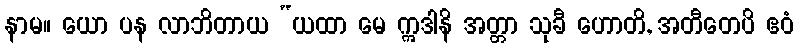
နာမ။ ယော ပန လာဘိတာယ “ယထာ မေ ဣဒါနိ အတ္တာ သုခီ ဟောတိ, အတီတေပိ ဧဝံ